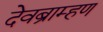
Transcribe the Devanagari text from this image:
देवब्राम्हण